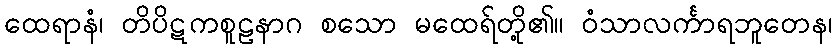
ထေရာနံ၊ တိပိဋကစူဠနာဂ စသော မထေရ်တို့၏။ ဝံသာလင်္ကာရဘူတေန၊